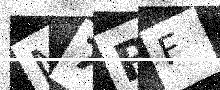
Text: M7RF